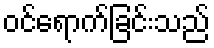
ဝင်ရောက်ခြင်းသည်